Bréfritari: Sigurbjörg Einarsdóttir
Viðtakandi: Jón Borgfirðings Jónsson
Dagsetning: A-1880-09-11
Skrifað á: Akureyri  Eyf.

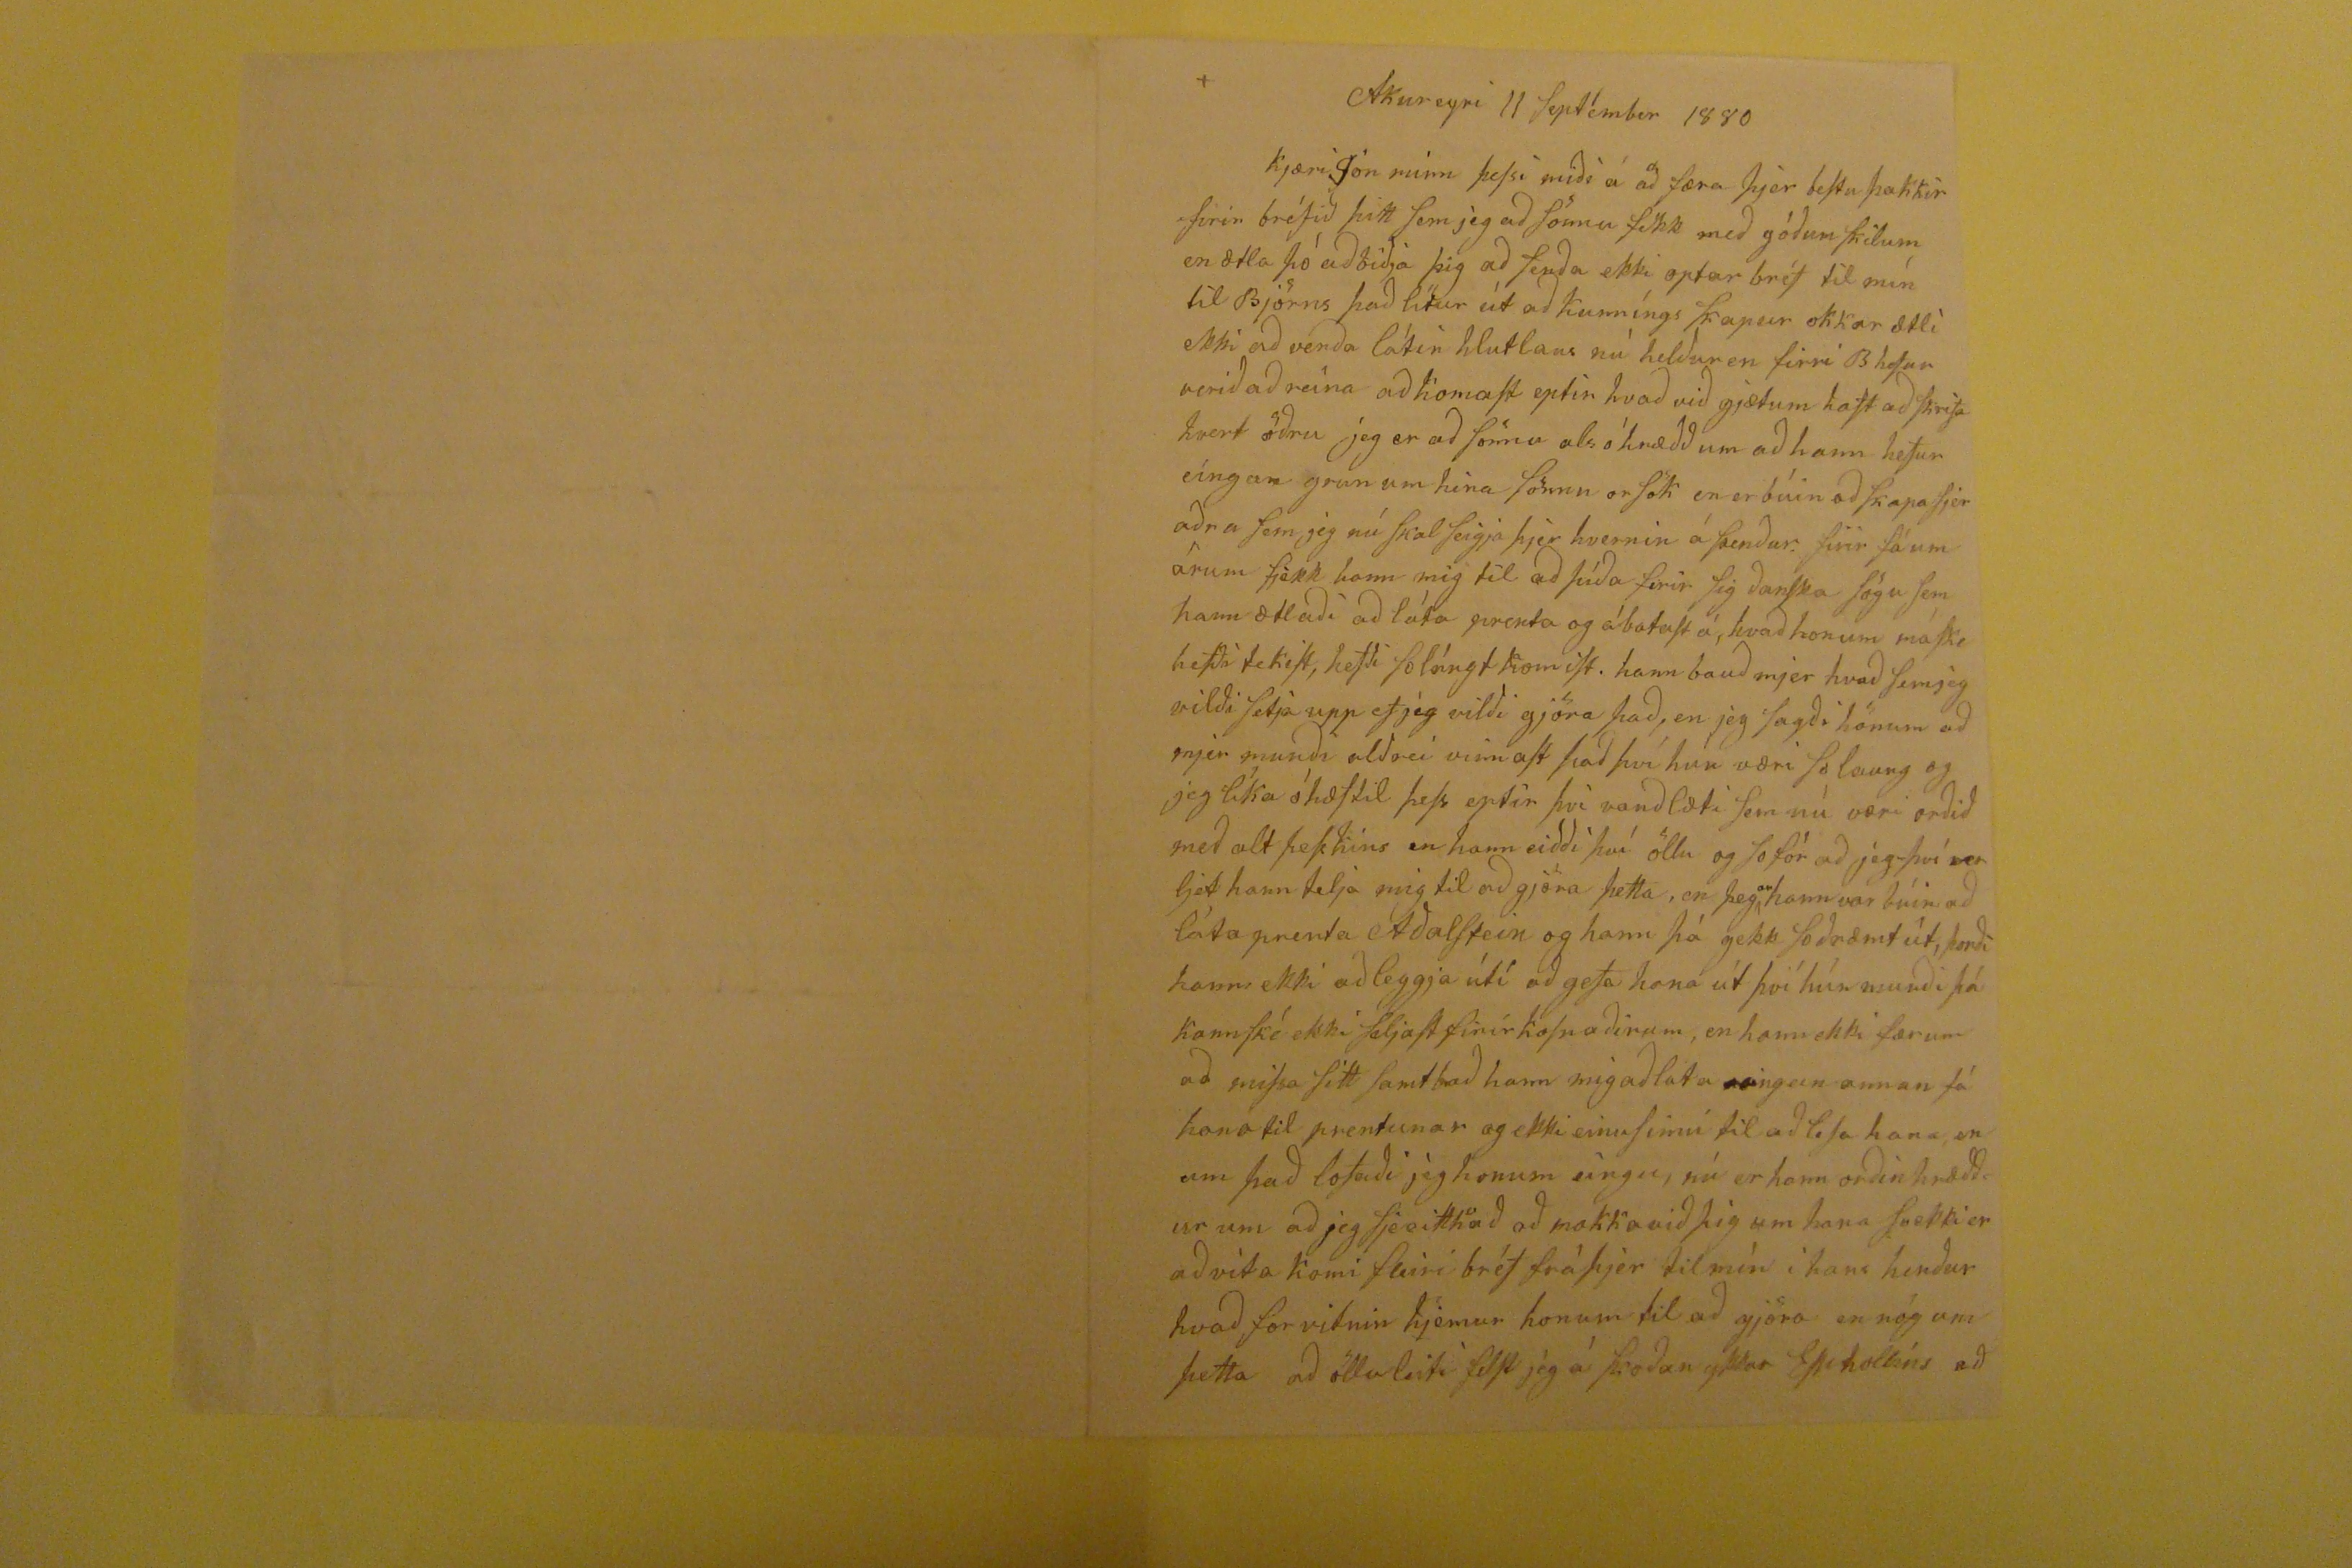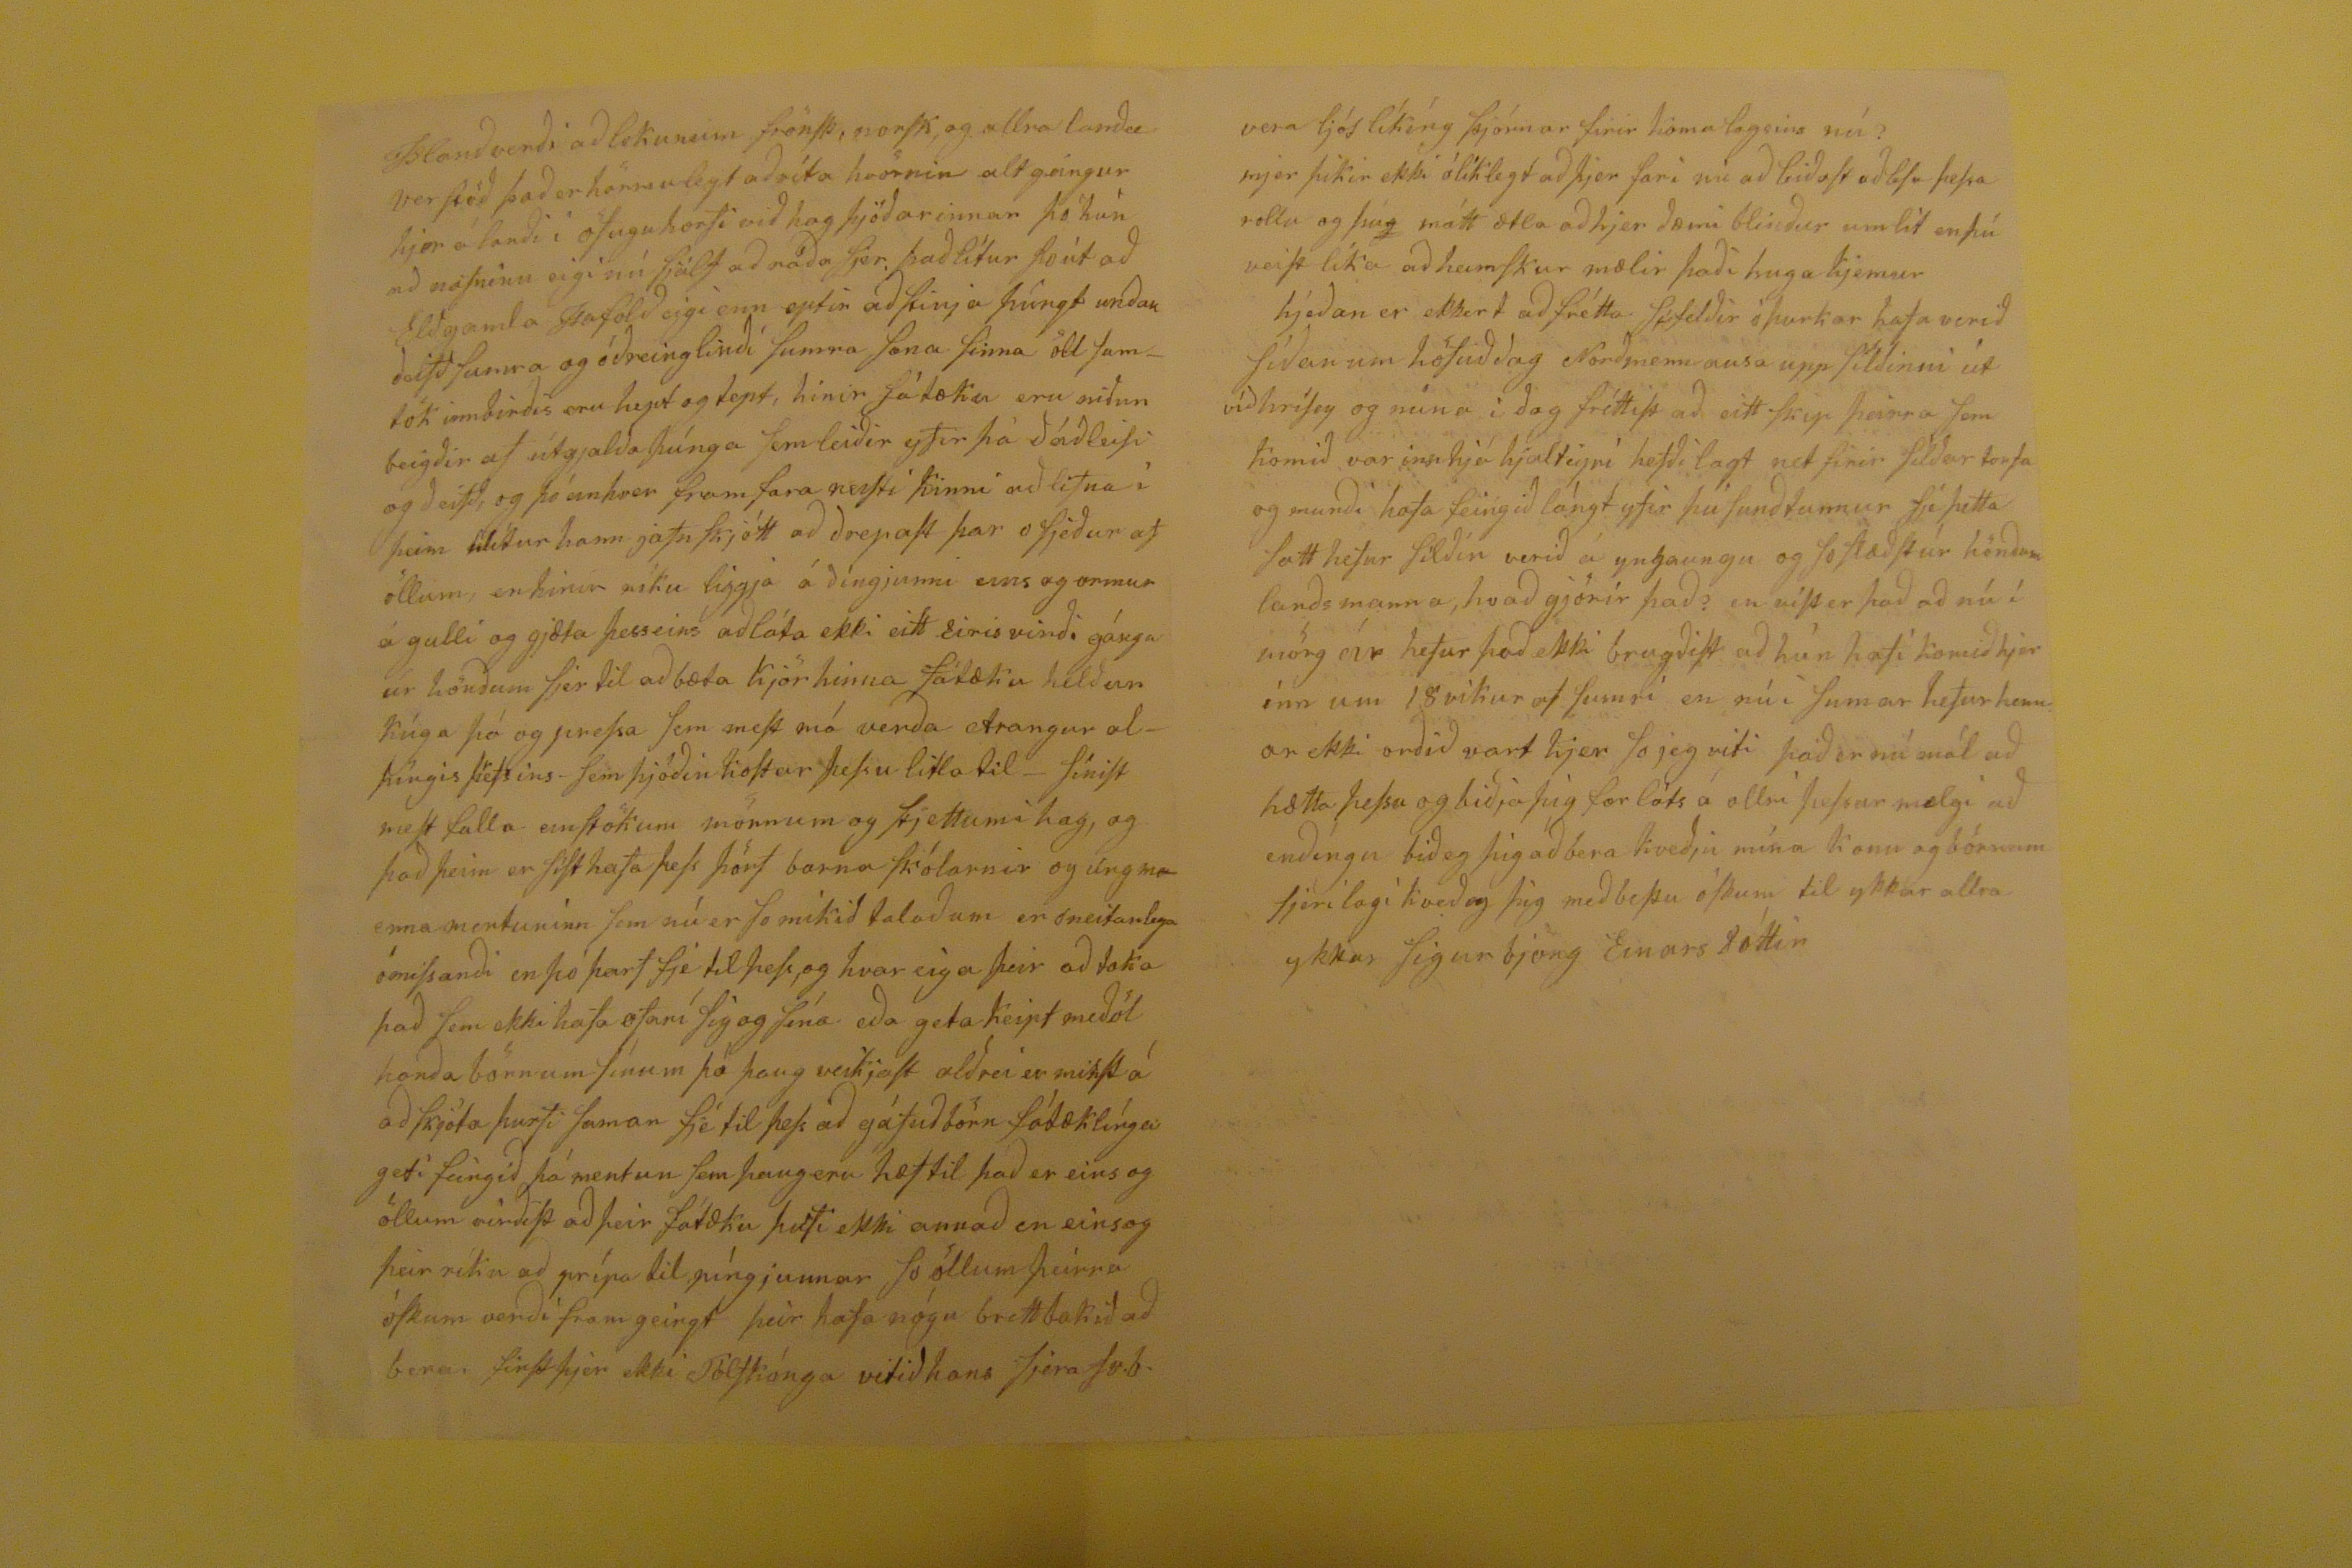

Akureyri 11 Septémber 1880
kjæri Jón minn þessi miði á að færa þjer bestu þakkir firir bréfið þitt sem jeg að sönnu fékk með góðum skilum en ætla þó að biðja þig að senða ekki optar brjef til mín til Björns það lítur út að kunníngs skapur okkar ætli ekki að verða látin hlutlaus nú helður en firri B hefur verið að reina að komast eptir hvað við gjætum haft að skrifa hvert öðru jeg er að sönnu als óhræðð um að hann hefur eíngan grunum hina sönnu orsök en er búin að skapa sjer aðra sem jeg skal seigja þjer hvernin á stenður firir fáum árum fjekk hann mig til að þíða firir sig ðanska sögu sem hann ætlaði að láta prenta og ábatast á, hvað honum máske
betði
tekist, hefði so lángt komist. hann bauð mjer hvað semjeg vildi setja upp ef jeg vilði gjöra það, en jeg sagði hönum að mjer munði aldrei vinnast það því hun væri so laung og jeg líka óhæftil þess eptir því vanðlæti sem nú væri orðið með alt þess hins en hann eiðði því öllu og so fór að jeg-því
ver
ljet hann telja mig til að gjöra þetta, en þeg
ar
hann var búin að láta prenta Aðalsteins og hann þá gekk soðræmt út, þorði hann ekki að leggja útí að gefa hana út því hún munði þá kannské ekki seljast firír kosnaðinum, en hannekki færum að missa sitt samt bað hann mig að láta eingan annan fá hana til prentunar og ekki einusinni til að lesa hana, en um það lofaði jeg honum eingu, nú er hann orðin hræðður um að jeg sje eitth
v
að að nokk
r
a við þig um hana
svekki
er að vita komi fleiri bréf frá þjer til mín i hans henður hvað forvitnin kjemur honum til að gjöra en nóg um þetta að öllu leiti
felst
jeg á skoðan ykkar
Espholíns
að
Islanðverði að lokunum
frönsk, norsk, og allra lanað verstöð það er hörmulegt að
víta
hvörnin alt geingur hjer á lanði i öfuguhorfi við hag þjóðarinnar þó hún að nafninu eigi nú sjálf að ráða sjer,það lítur so út að Elðgamla Siafolð eigi enn eptir að stinja þúngt unðan ðeifð sumra og óðreingliði sumra sona finna öll samtök umbirðis eru hept og tept, hinir fátæku eru
niðun
beigðir af útgjaldaþúnga sem leiðir yfir þá ðáðleisi og ðeifð, og þó anhver framfara nesti kinni að lifna í þeim tilitur hann jafn skjótt að ðrepast þar osjeður af öllum, en hinir ríku liggj aá ðingjunni eins og ormur á gulli og gjæti þesseins að láta ekki eitt Eiris virði gánga úr hönðum sjer til að bæta kjör hinna fátæku helður kúga þó og pressa sem mest má verða Arangur alþíngis
þ
r
fsins
- sem þjóðin hostar þessu litla til - sínist mest falla einstökum mönnum og stjettum í hag, og það þeim er sist hafa þess þörf barna skólarnir og
úngma enna mertuninn
sem nú er so mikið talaðum er óneitanlega ómissanði en þó þarf fje til þess, og hvar eiga þeir að taka það sem ekki hafa ofaní sig og sína eða gta keipt meðöl hanða börnum sínum þó þaug veikjast alðri er minst á að skjóta þurfi saman fje til þess að gáfuð börn fátæklínga geti feingið þá mentun sem þaug eru hæf til það er eins og öllum virðist að þeir fátæku þurfi ekki annað en einsog þeir ríku að prípa til píngjunnar so öllum þeirra óskum verði framgeingt þeir hafa nógu brettbakið að bera first þjer ekki Tólfkónga vitið hans
Sjera Sob.
vera ljós líkíng þjórnar firir koma lagsins nú? mjer þikir ekki ólíklegt að þjer fari nú að leiðast að lesa þessa rollu og þú
g
mátt ætla að hjer dæmi blinður umlit en þú veist líka að heimskur mælir þaði huga kjemur hjeðan er ekkert að frétta sífelðir óþurkar hafa verið síðan um höfuðdag Norðmenn ausa upp síldinni út víðhrísey og núna í ðag fréttist að eitt skip þeirra sem komið var innhjá hjalteyrí hefði lagt net firir selðar torfa go munði hafa feingið lángt yfir þú sunðtunnur sje þetta satt hefur silðin verið á yngaungu og so
flæðst
úr hönðum lanðs manna, hvað gjörir það? en víst er það að nú í mörg ár hefur það ekki brugðist að hún hafi komið hjer inn um 18 vikur af sumri en nú i sumar hefur hennar ekki orðið vart hjer so jeg viti það er nú mál að hætta þessu og biðja þig forláts á ollri þessur mælgi að einðíngu bið eg þig að bear kveðju mína konu og börnum sjerílagí kveð eg þig með bestu óskum til ykkar allra ykkur Sigurbjörg EinarsDóttir